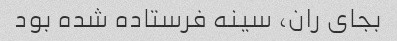
بجای ران، سینه فرستاده شده بود